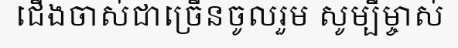
ជើងចាស់ជាច្រើនចូលរួម សូម្បីម្ចាស់